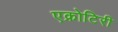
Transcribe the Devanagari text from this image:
एक्रोटिरी